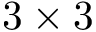
3 \times 3